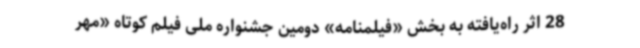
28 اثر راه‌یافته به بخش «فیلمنامه» دومین جشنواره ملی فیلم کوتاه «مهر